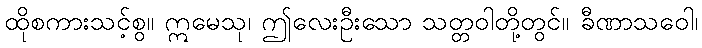
ထိုစကားသင့်စွ။ ဣမေသု၊ ဤလေးဦးသော သတ္တဝါတို့တွင်။ ခီဏာသဝေါ၊